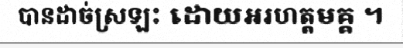
បានដាច់ស្រឡះ ដោយអរហត្តមគ្គ ។